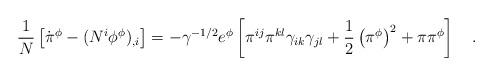
LaTeX: \begin{align*}\frac{1}{N} \left[ \dot{\pi}^{\phi}-(N^{i}\phi^{\phi})_{,i} \right] =-\gamma^{-1/2}e^{\phi}\left[ \pi^{ij}\pi^{kl}\gamma_{ik}\gamma_{jl}+\frac{1}{2} \left(\pi^{\phi} \right) ^{2}+\pi\pi^{\phi} \right] ~~~.\end{align*}